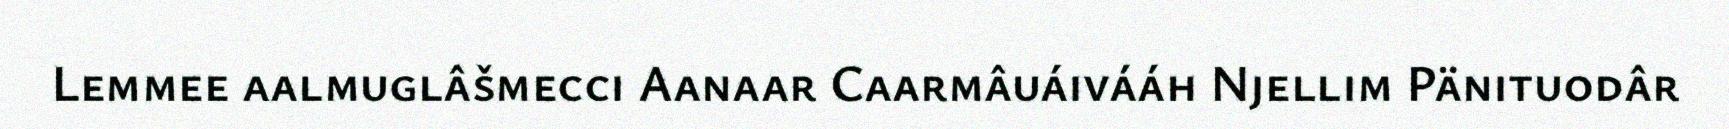
Lemmee aalmuglâšmecci Aanaar Caarmâuáivááh Njellim Pänituodâr